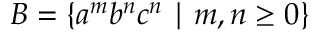
B = \{ a ^ { m } b ^ { n } c ^ { n } \mid m , n \geq 0 \}